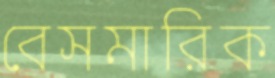
বেসমারিক